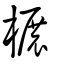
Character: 榐